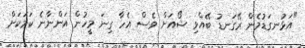
"އަޅުނގަޑުމެން ރޭގަނޑު ބޭއްވި ޝޯއަށް ވެސް އެހާ ގިނަ މީހުން އަންނާނެ ކަމަކަށް